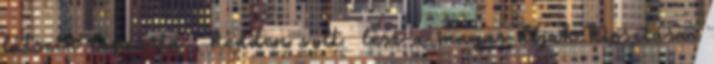
látszik lapzárta , kedden volt lesz a magas díjak kiosztása.